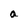
Character: a